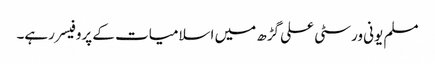
مسلم یونی ورسٹی علی گڑھ میں اسلامیات کے پروفیسر رہے۔